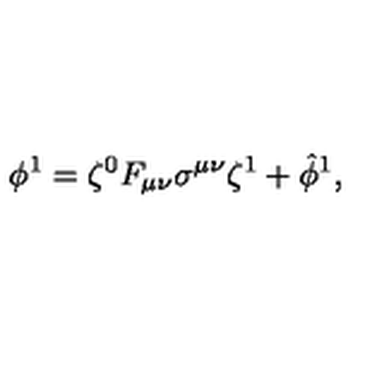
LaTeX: \phi ^ { 1 } = \zeta ^ { 0 } F _ { \mu \nu } \sigma ^ { \mu \nu } \zeta ^ { 1 } + \hat { \phi } ^ { 1 } ,